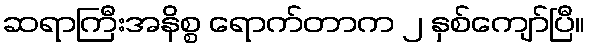
ဆရာကြီးအနိစ္စ ရောက်တာက ၂ နှစ်ကျော်ပြီ။